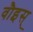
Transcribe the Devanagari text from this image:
वौइस्